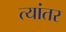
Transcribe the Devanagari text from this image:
त्यांतर